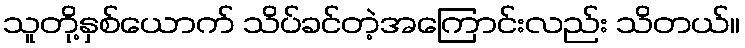
သူတို့နှစ်ယောက် သိပ်ခင်တဲ့အကြောင်းလည်း သိတယ်။